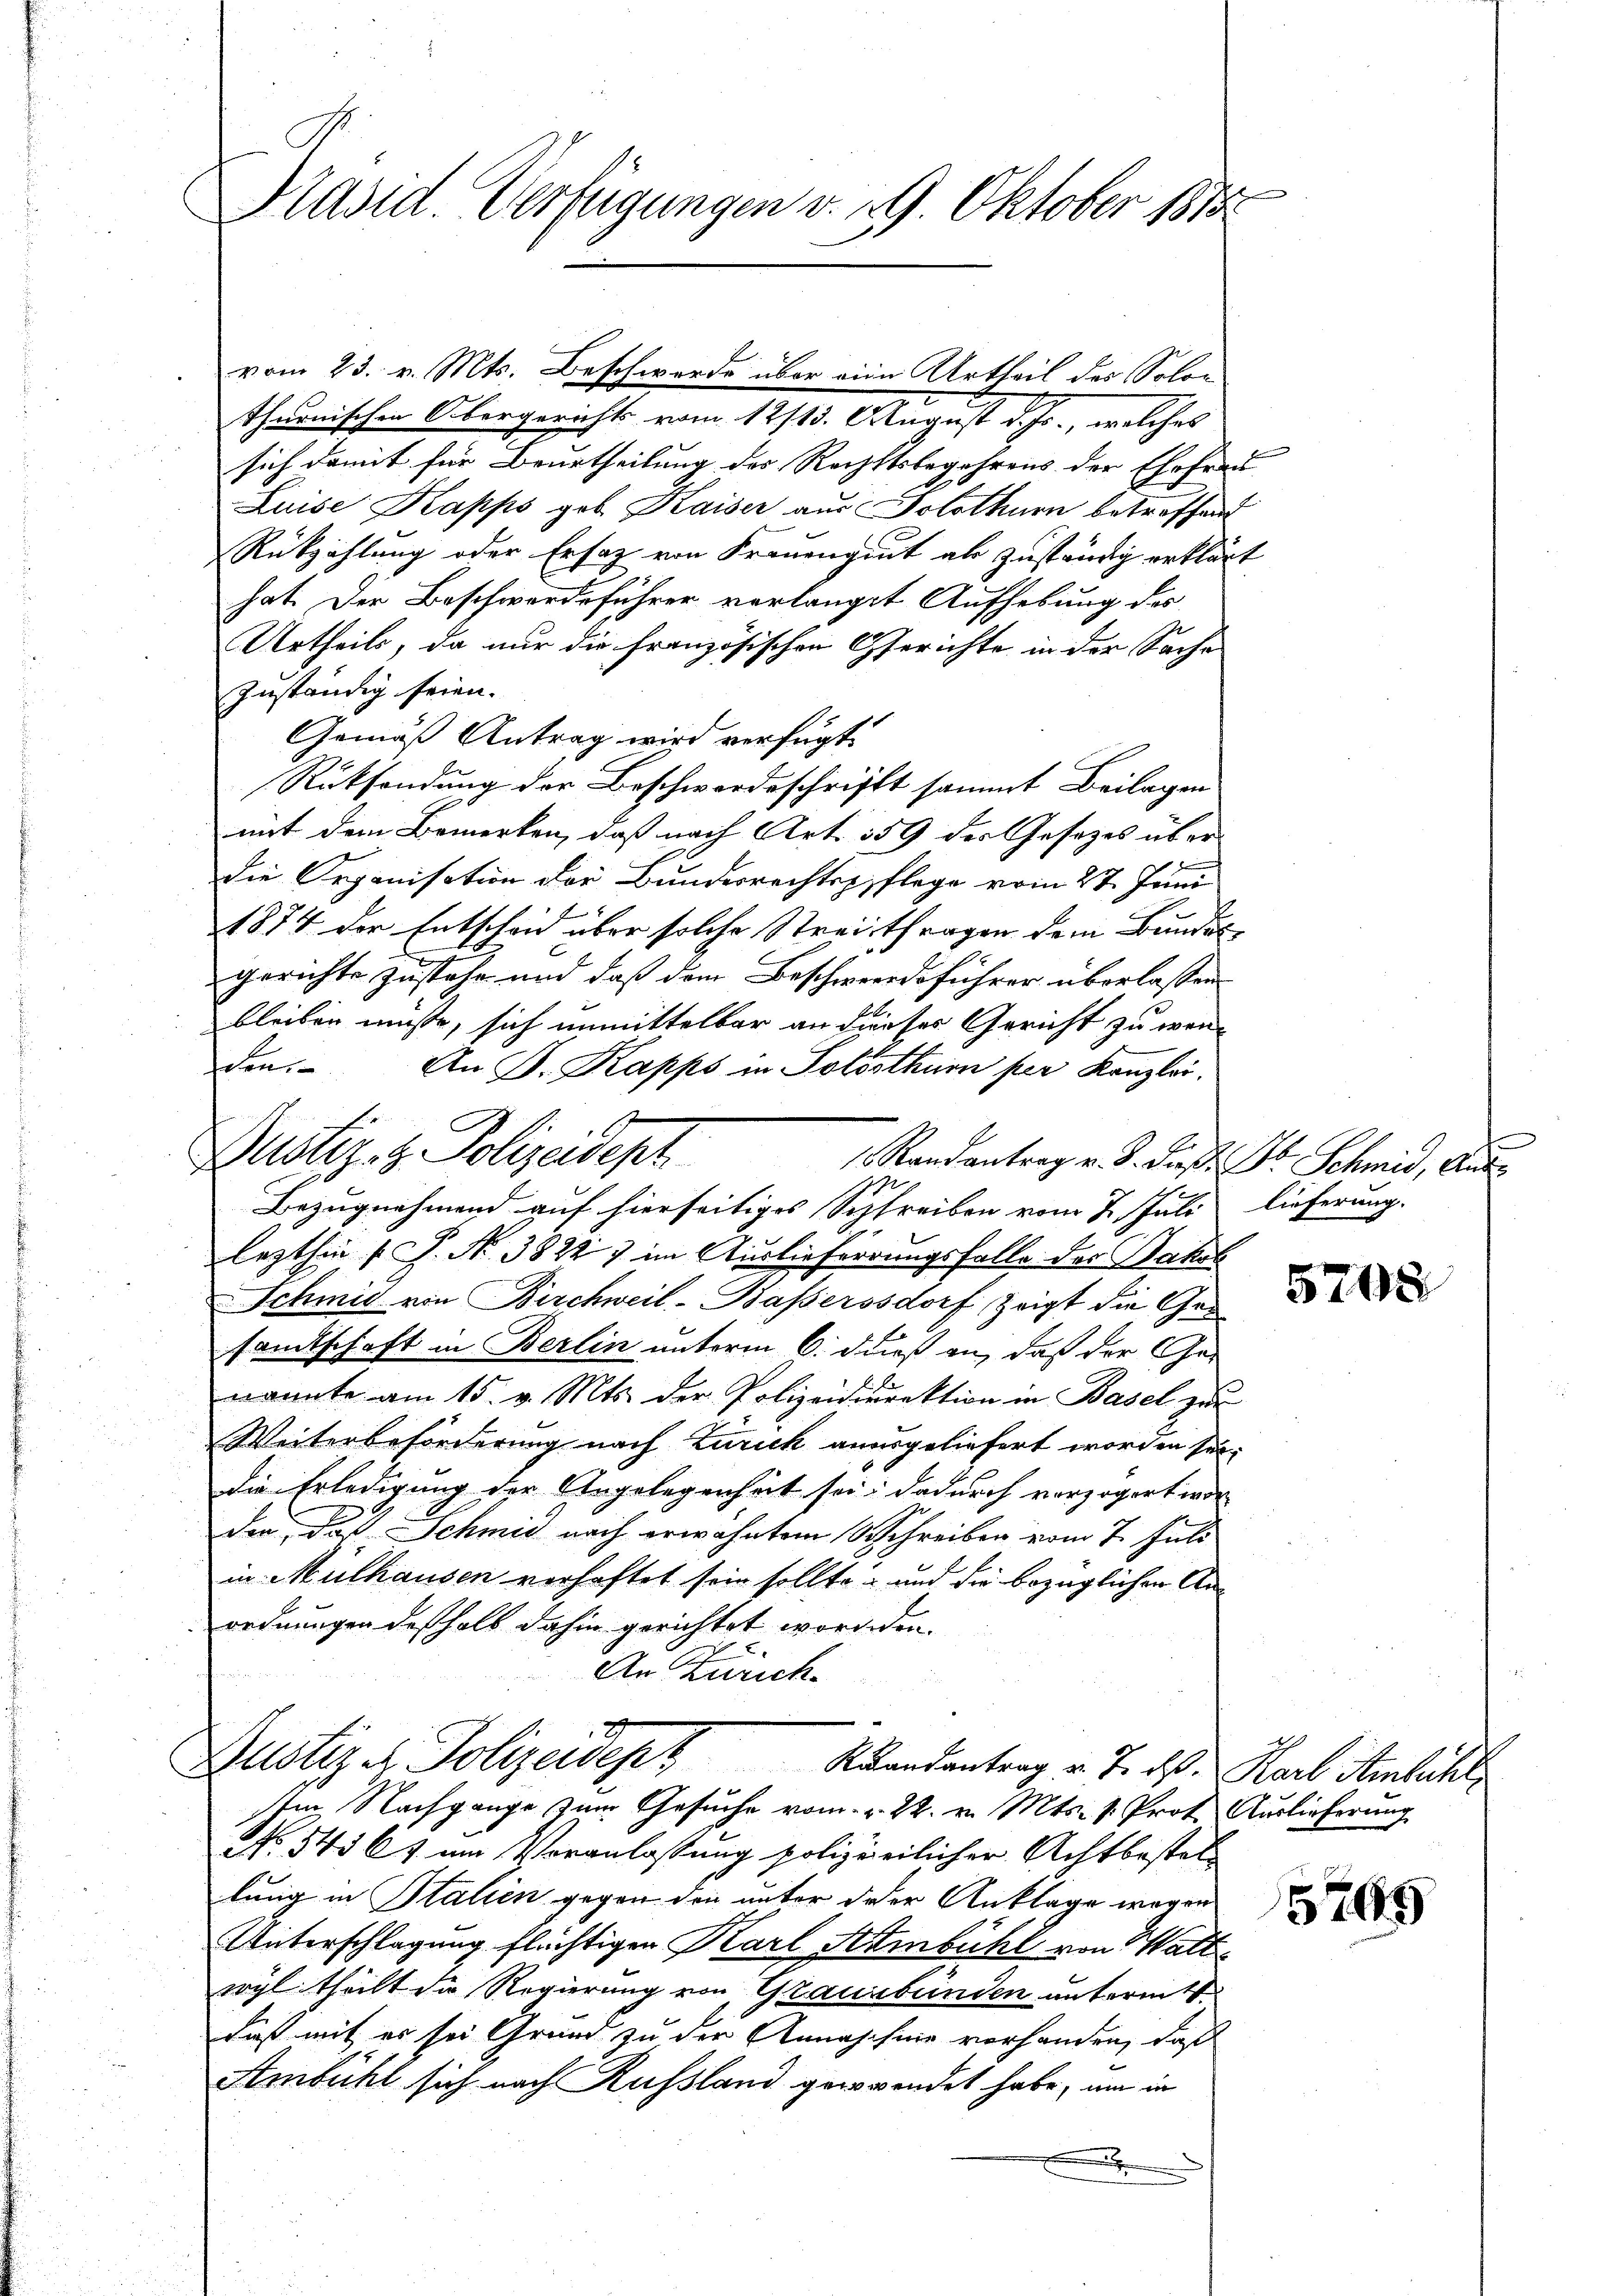
thurnischen Obergerichts vom 12/13. August d. Js., welches
sich damit für Beurtheilung des Rechtsbegehrens der Ehefrau
Luise Kapps gob. Kaiser aus Solothurn betreffend
Rükzahlung oder Ersatz von Frauengut ab zustring erklärt
hat. Der Beschwerdeführer verlangt Aufhebung des
Urtheils, da nur die französischen Gerichte in der Sache
zuständig seien.
Gemäß Antrag wird verfügt:
Rücksendung der Beschwordeschrifft sammt Beilagen
mit dem Bemerken, daß nach Art. 159 des Gesetzes über
Die Organisation der Bundesrechtspflege vom 27. Juni
1874 der Entscheid über solche Streitfragen dem Bundes
gerichte zustehe und daß dem Beschweredsführer überlassen
bleiben müße, sich unmittelbar an dieses Gericht zu werden
An P. Kapps in Solothur per Kanzlei.
1 Randantrag v. J. Prof. Dr Schmid, Aus
1
Bezugnahmend auf hierseitiges Schreiben vom 2. Juli lieferung.
lezthin (S. Nr. 3822 7 im Auslieferrungsfalle der Jakob
Schmid von Birchweil-Baßerssdorf, zeigt die Gad
samtschaft in Berlin unterm 6. dieß an, daß der Ge-
nannte am 15. v. Mts. der Polizeidirektion in Basel zur
Weiterbeförderung nach Zurick anergeliefert worden sei.
Die Erledigung der Angelegenheit sei; dadurch vorzogert wor-
der das Schmid nach erwähntem Schreiben vom 7. Juli
in Mülhausen verhaftet sein sollte - und die bezüglichen Anordnungen deshalb dahin gerichtet wordenden.
An Zürich.
Zustiz & Polizeidept Randantrag v. J. ds. Karl Steinliche
Im Nachgange zum Gesuche vom 2. 22. v. Mts. v. Prot. Auslieferung
N. 545 61 um Veranlassung polizeilicher Achtbestel-
lung in Italien gegen den unter der Anklage wegen
Unterschlagung flüchtigen Karl Ambühl von Walt
wyl theilt die Regierung von Grausbunden untermitt
daß mit es sei Grund zu der Annaschine vorhanden, daß
Ambühl sich nach Russland gewendet habe, um in
x
e

Präsid. Verfügungen v. 19. Oktober 1875

Dustiz- & Polizeidept

vom 23. v. Mts. Beschwerde über eine Urtheil des Solon

5798

5795